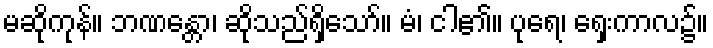
မဆိုကုန်။ ဘဏန္တော၊ ဆိုသည်ရှိသော်။ မံ၊ ငါ၏။ ပုရေ၊ ရှေးကာလ၌။